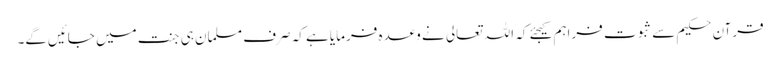
قرآن حکیم سے ثبوت فراہم کیجئے کہ اللہ تعالی نے وعدہ فرمایا ہے کہ صرف مسلمان ہی جنت میں‌ جائیں‌گے۔